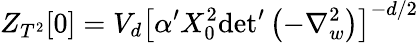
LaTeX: Z_{T^{2}}[0]=V_{d}\left[\alpha^{\prime}X_{0}^{2}{\operatorname*{det}}^{\prime}\left(-\nabla_{w}^{2}\right)\right]^{-d/2}